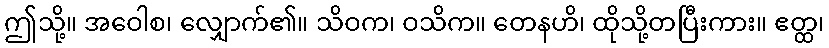
ဤသို့။ အဝေါစ၊ လျှောက်၏။ သိဝက၊ ဝသိက။ တေနဟိ၊ ထိုသို့တပြီးကား။ ဧတ္ထ၊